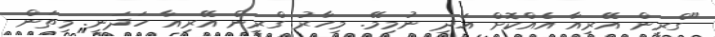
"ގްރީން އޭރިއާ އެއްކޮށް އަދި ނުމިމޭ. މިހާރު ގްރީން އޭރިއާ ހަދަނީ. މިތަން